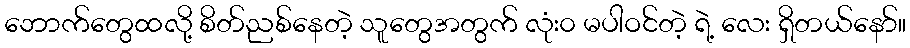
ဘောက်တွေထလို့ စိတ်ညစ်နေတဲ့ သူတွေအတွက် လုံး၀ မပါဝင်တဲ့ ရဲ့ လေး ရှိတယ်နော်။